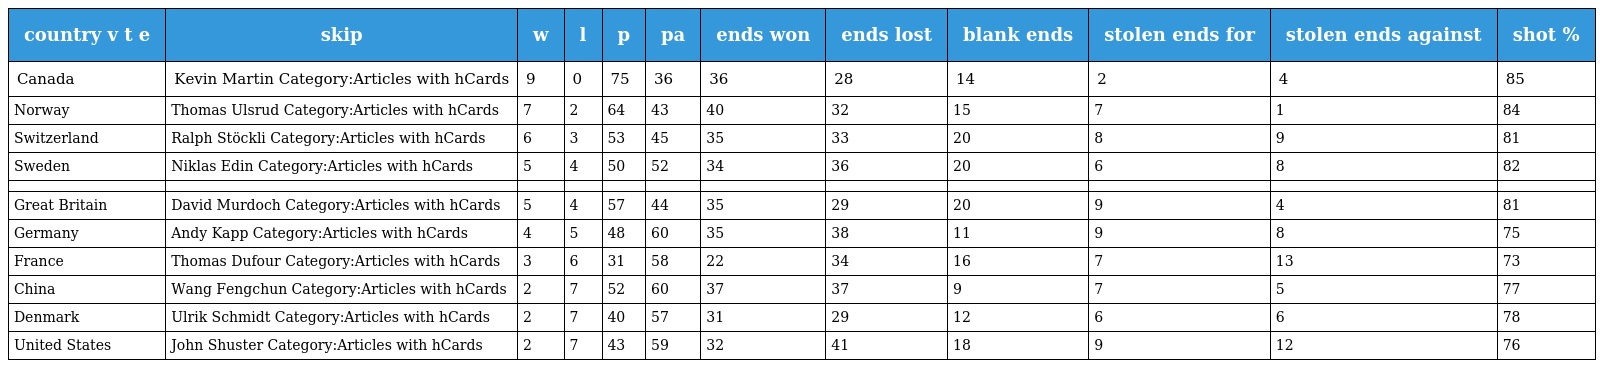
| country v t e | skip | w | l | p | pa | ends won | ends lost | blank ends | stolen ends for | stolen ends against | shot % |
 | --- | --- | --- | --- | --- | --- | --- | --- | --- | --- | --- | --- |
 | Canada | Kevin Martin Category:Articles with hCards | 9 | 0 | 75 | 36 | 36 | 28 | 14 | 2 | 4 | 85 |
 | Norway | Thomas Ulsrud Category:Articles with hCards | 7 | 2 | 64 | 43 | 40 | 32 | 15 | 7 | 1 | 84 |
 | Switzerland | Ralph Stöckli Category:Articles with hCards | 6 | 3 | 53 | 45 | 35 | 33 | 20 | 8 | 9 | 81 |
 | Sweden | Niklas Edin Category:Articles with hCards | 5 | 4 | 50 | 52 | 34 | 36 | 20 | 6 | 8 | 82 |
 |  |  |  |  |  |  |  |  |  |  |  |  |
 | Great Britain | David Murdoch Category:Articles with hCards | 5 | 4 | 57 | 44 | 35 | 29 | 20 | 9 | 4 | 81 |
 | Germany | Andy Kapp Category:Articles with hCards | 4 | 5 | 48 | 60 | 35 | 38 | 11 | 9 | 8 | 75 |
 | France | Thomas Dufour Category:Articles with hCards | 3 | 6 | 31 | 58 | 22 | 34 | 16 | 7 | 13 | 73 |
 | China | Wang Fengchun Category:Articles with hCards | 2 | 7 | 52 | 60 | 37 | 37 | 9 | 7 | 5 | 77 |
 | Denmark | Ulrik Schmidt Category:Articles with hCards | 2 | 7 | 40 | 57 | 31 | 29 | 12 | 6 | 6 | 78 |
 | United States | John Shuster Category:Articles with hCards | 2 | 7 | 43 | 59 | 32 | 41 | 18 | 9 | 12 | 76 |